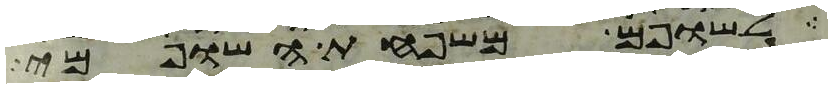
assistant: לשופם משפחת השופמי